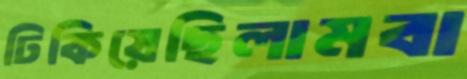
ঢিকিয়েছিলামবা